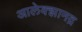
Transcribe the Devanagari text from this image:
आलेक्झानद्र